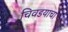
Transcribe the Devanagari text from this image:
चिवडयाचा